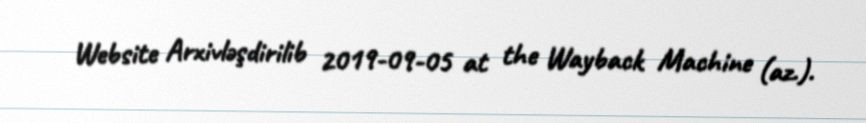
Website Arxivləşdirilib 2019-09-05 at the Wayback Machine (az.).